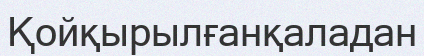
Қойқырылғанқаладан